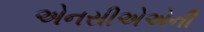
એનસીએએની